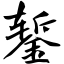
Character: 錾